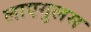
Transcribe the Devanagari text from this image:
लाएगुलस